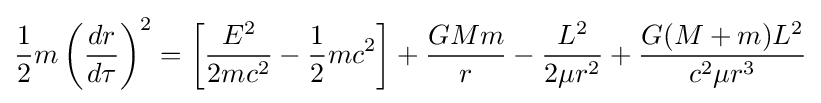
{\frac {1}{2}}m\left({\frac {dr}{d\tau }}\right)^{2}=\left[{\frac {E^{2}}{2mc^{2}}}-{\frac {1}{2}}mc^{2}\right]+{\frac {GMm}{r}}-{\frac {L^{2}}{2\mu r^{2}}}+{\frac {G(M+m)L^{2}}{c^{2}\mu r^{3}}}